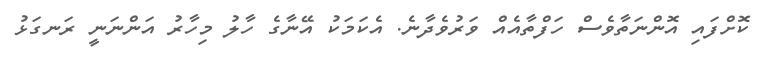
ކޮށްފައި އޮންނަތާވެސް ހަފްތާއެއް ވަރުވެދާނެ. އެކަމަކު އޭނާގެ ހާލު މިހާރު އަންނަނީ ރަނގަޅު